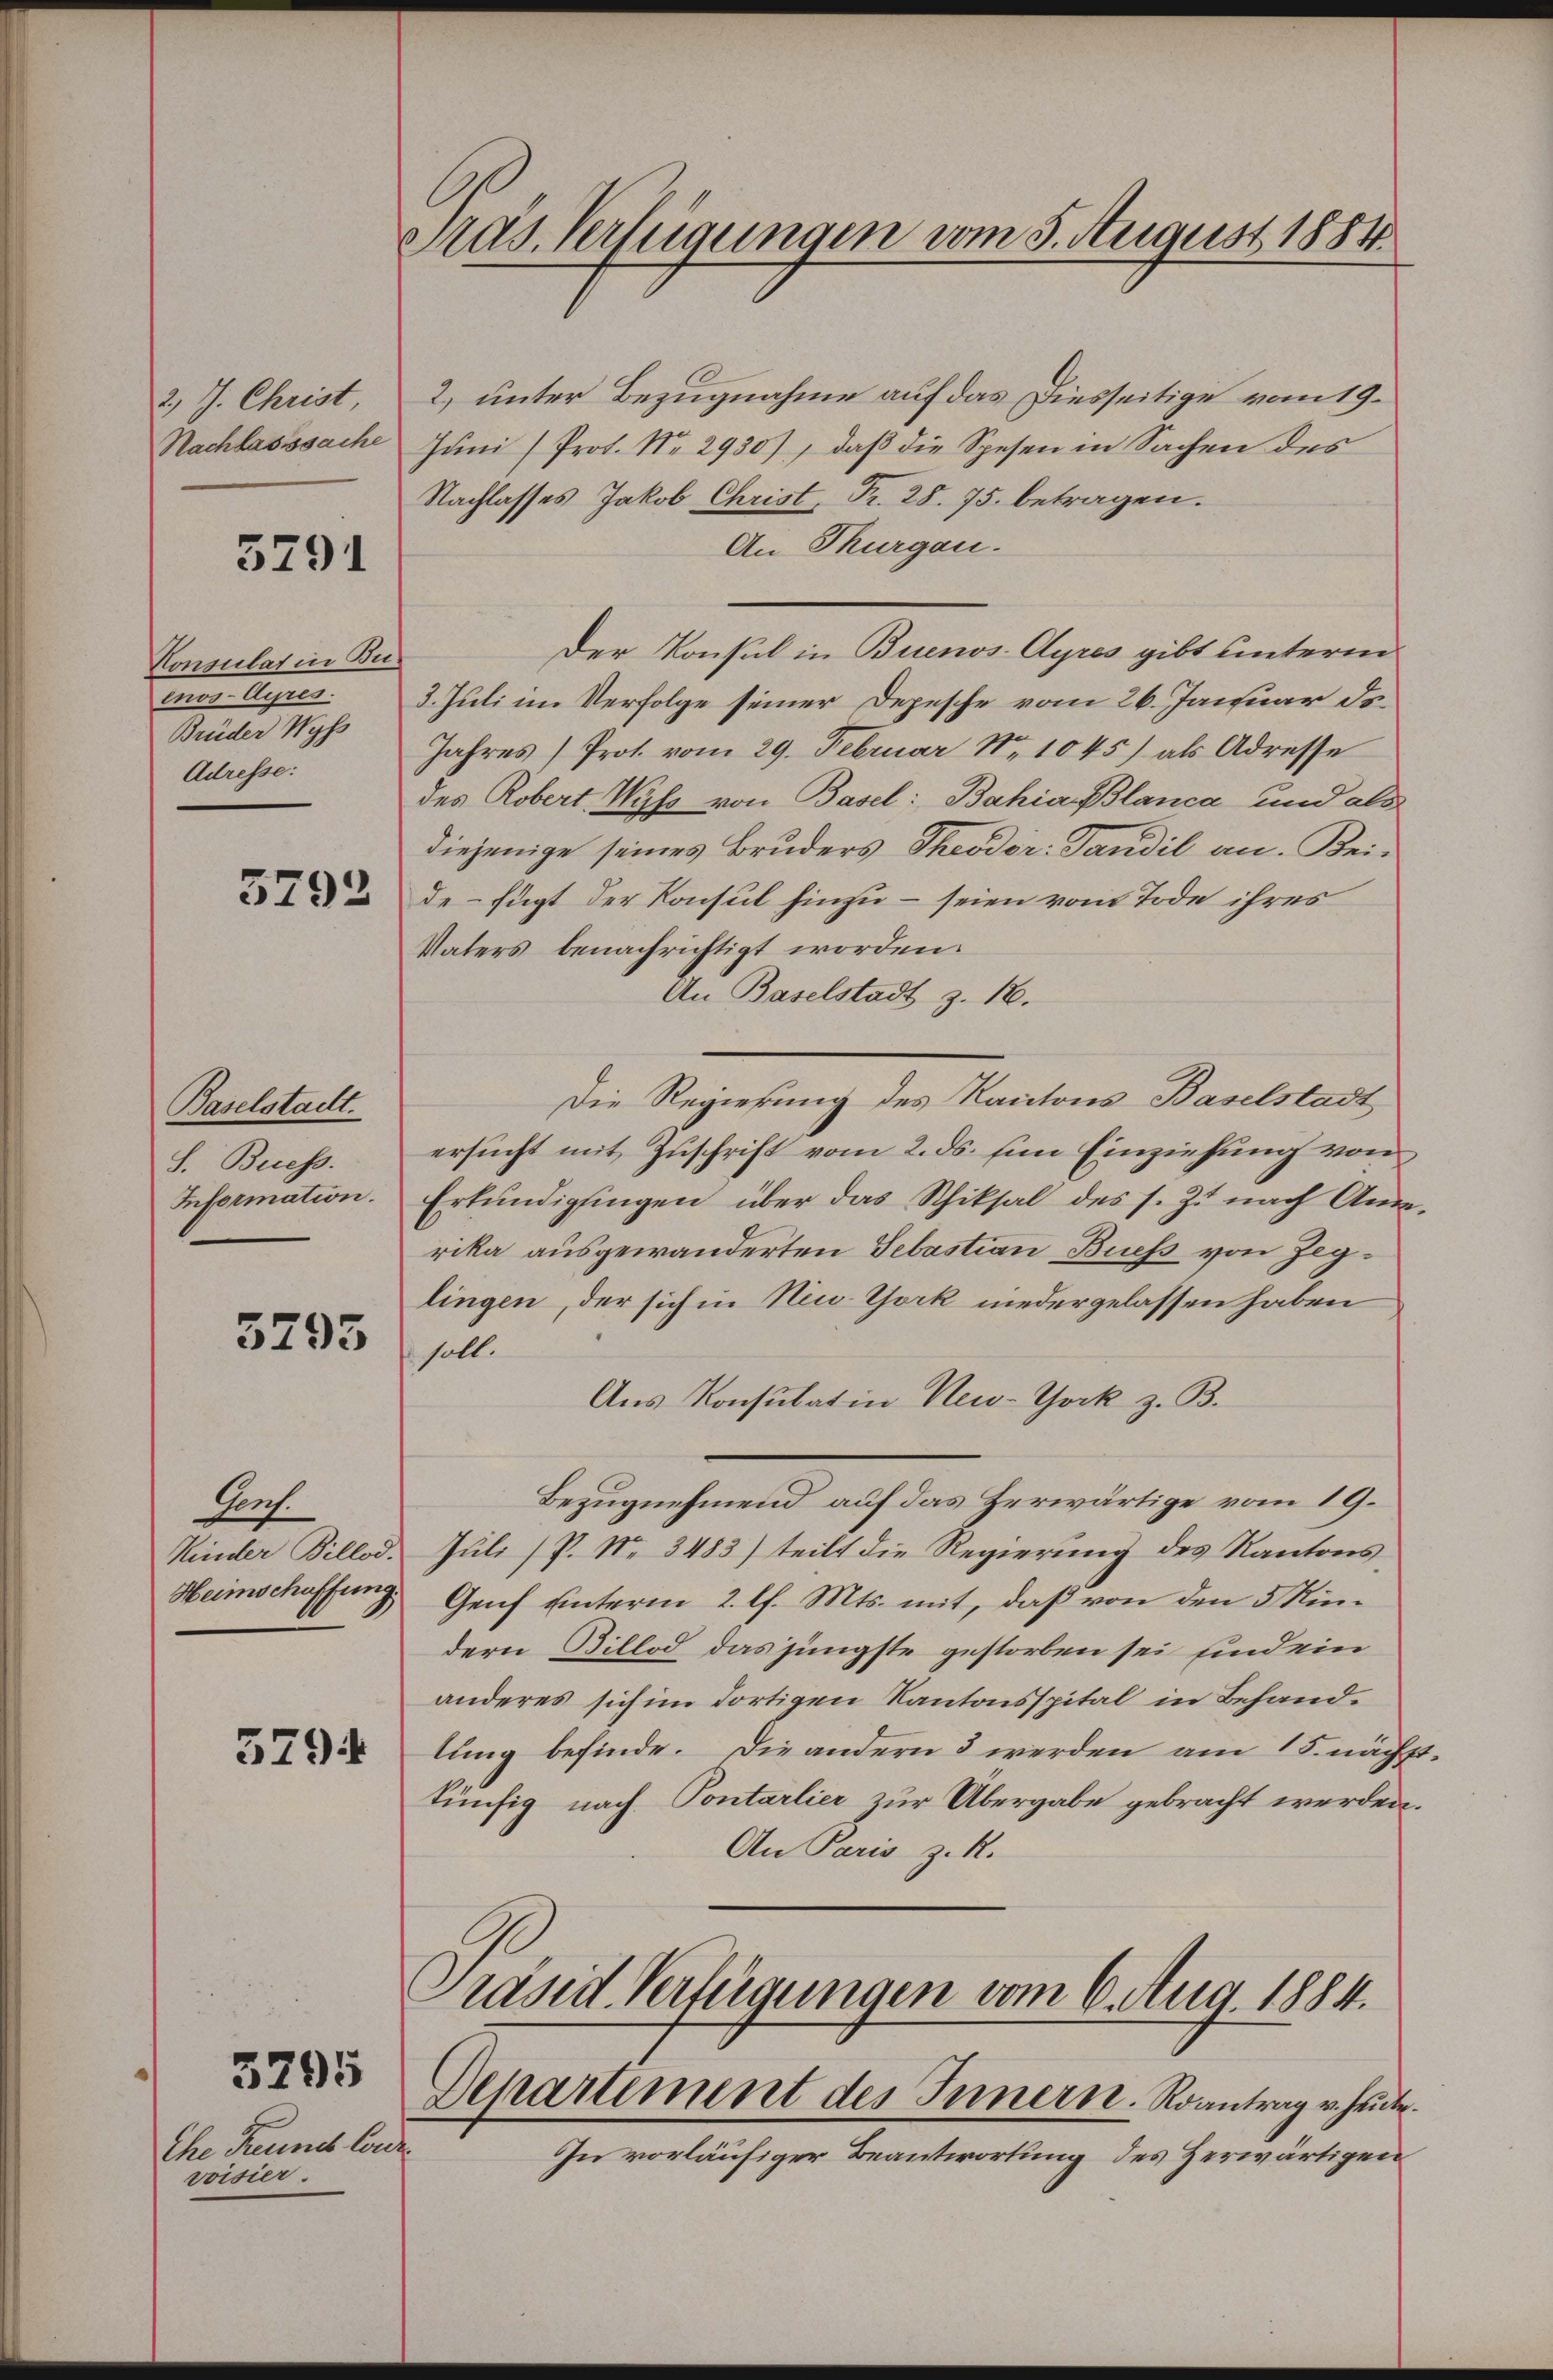
2.) J. Christ,

5291

Konsulat in Buenos-Ayres.
Brüder Wyss
Adresse:

Baselstadt.
S. Buess.

5795

Porf.

5794

3295

Che Freund Corde
voisier.

Präs. Verfügungen vom 5. August 1884

2) unter Bezugnahme auf das Diesseitige vom 19.
Nachlasssache Jŭni /Prot. Nr. 2930), daβ die Spesen in Sachen des
Nachlasses Jakob Christ, Fr. 28. 75. betragen.
An Thurgau.
Der Konsul in Buenos-Ayres gibt unterm
3. Juli im Verfolge seiner Depesche vom 26. Januar dr.
Jahres Prot. vom 29. Februar Nr. 1045) als Adresse
des Robert Wyss von Basel: Bahia Blanca und als
diejenige seines Bruders Theodor Tandil an. Bei-
 da de fügt der Konsŭl hinzŭ - seien vom Tode ihres
Vaters benachrichtigt worden.
An Baselstadt z. 18.
Die Regierung des Kantons Baselstadt
ersucht mit Zuschrift vom 2. ds. Ein Einziehung von
Information. Erkŭndigŭngen über das Schiksal des s. Z. nach An-
rika ausgewanderten Sebastian Buess von Zeglingen, der sich in New York niedergelassen haben
soll.
Aus Konsulatin New-York z. B.
Bezugnehmend auf das Zerwärtige vom 19.
Kinder Billod. Juli (P. Nr. 3483) teilt die Regierung des Kantons¬
Heimschaffung Genf unterm 2. l. Mts. mit, daß von den 5 Kindern Billod das jüngste gestorben sei sind ein
anderes sich im dortigen Kantonsspital in Behandlung befinde. Die andern 3 werden am 15. nächsttünfig nach Pontarlier zur Übergabe gebracht werden.
An Paris z. R.
Gräsd Verfügungen vom 6. Aug. 1884.
Departement des Innern. Roantrag v. heute.
In vorläufiger Beantwortung des Herwärtigen